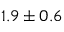
1 . 9 \pm 0 . 6